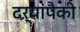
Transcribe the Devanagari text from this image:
दऱ्यांपैकी